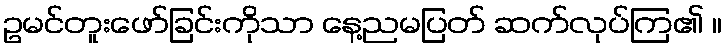
ဥမင်တူးဖော်ခြင်းကိုသာ နေ့ညမပြတ် ဆက်လုပ်ကြ၏ ။